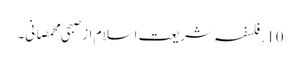
10. فلسفہ شریعت اسلام از صبحی محمصانی۔